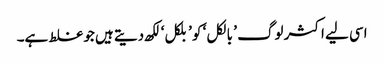
اسی لیے اکثر لوگ ’ بالکل ‘ کو ’بلکل‘ لکھ دیتے ہیں جو غلط ہے۔